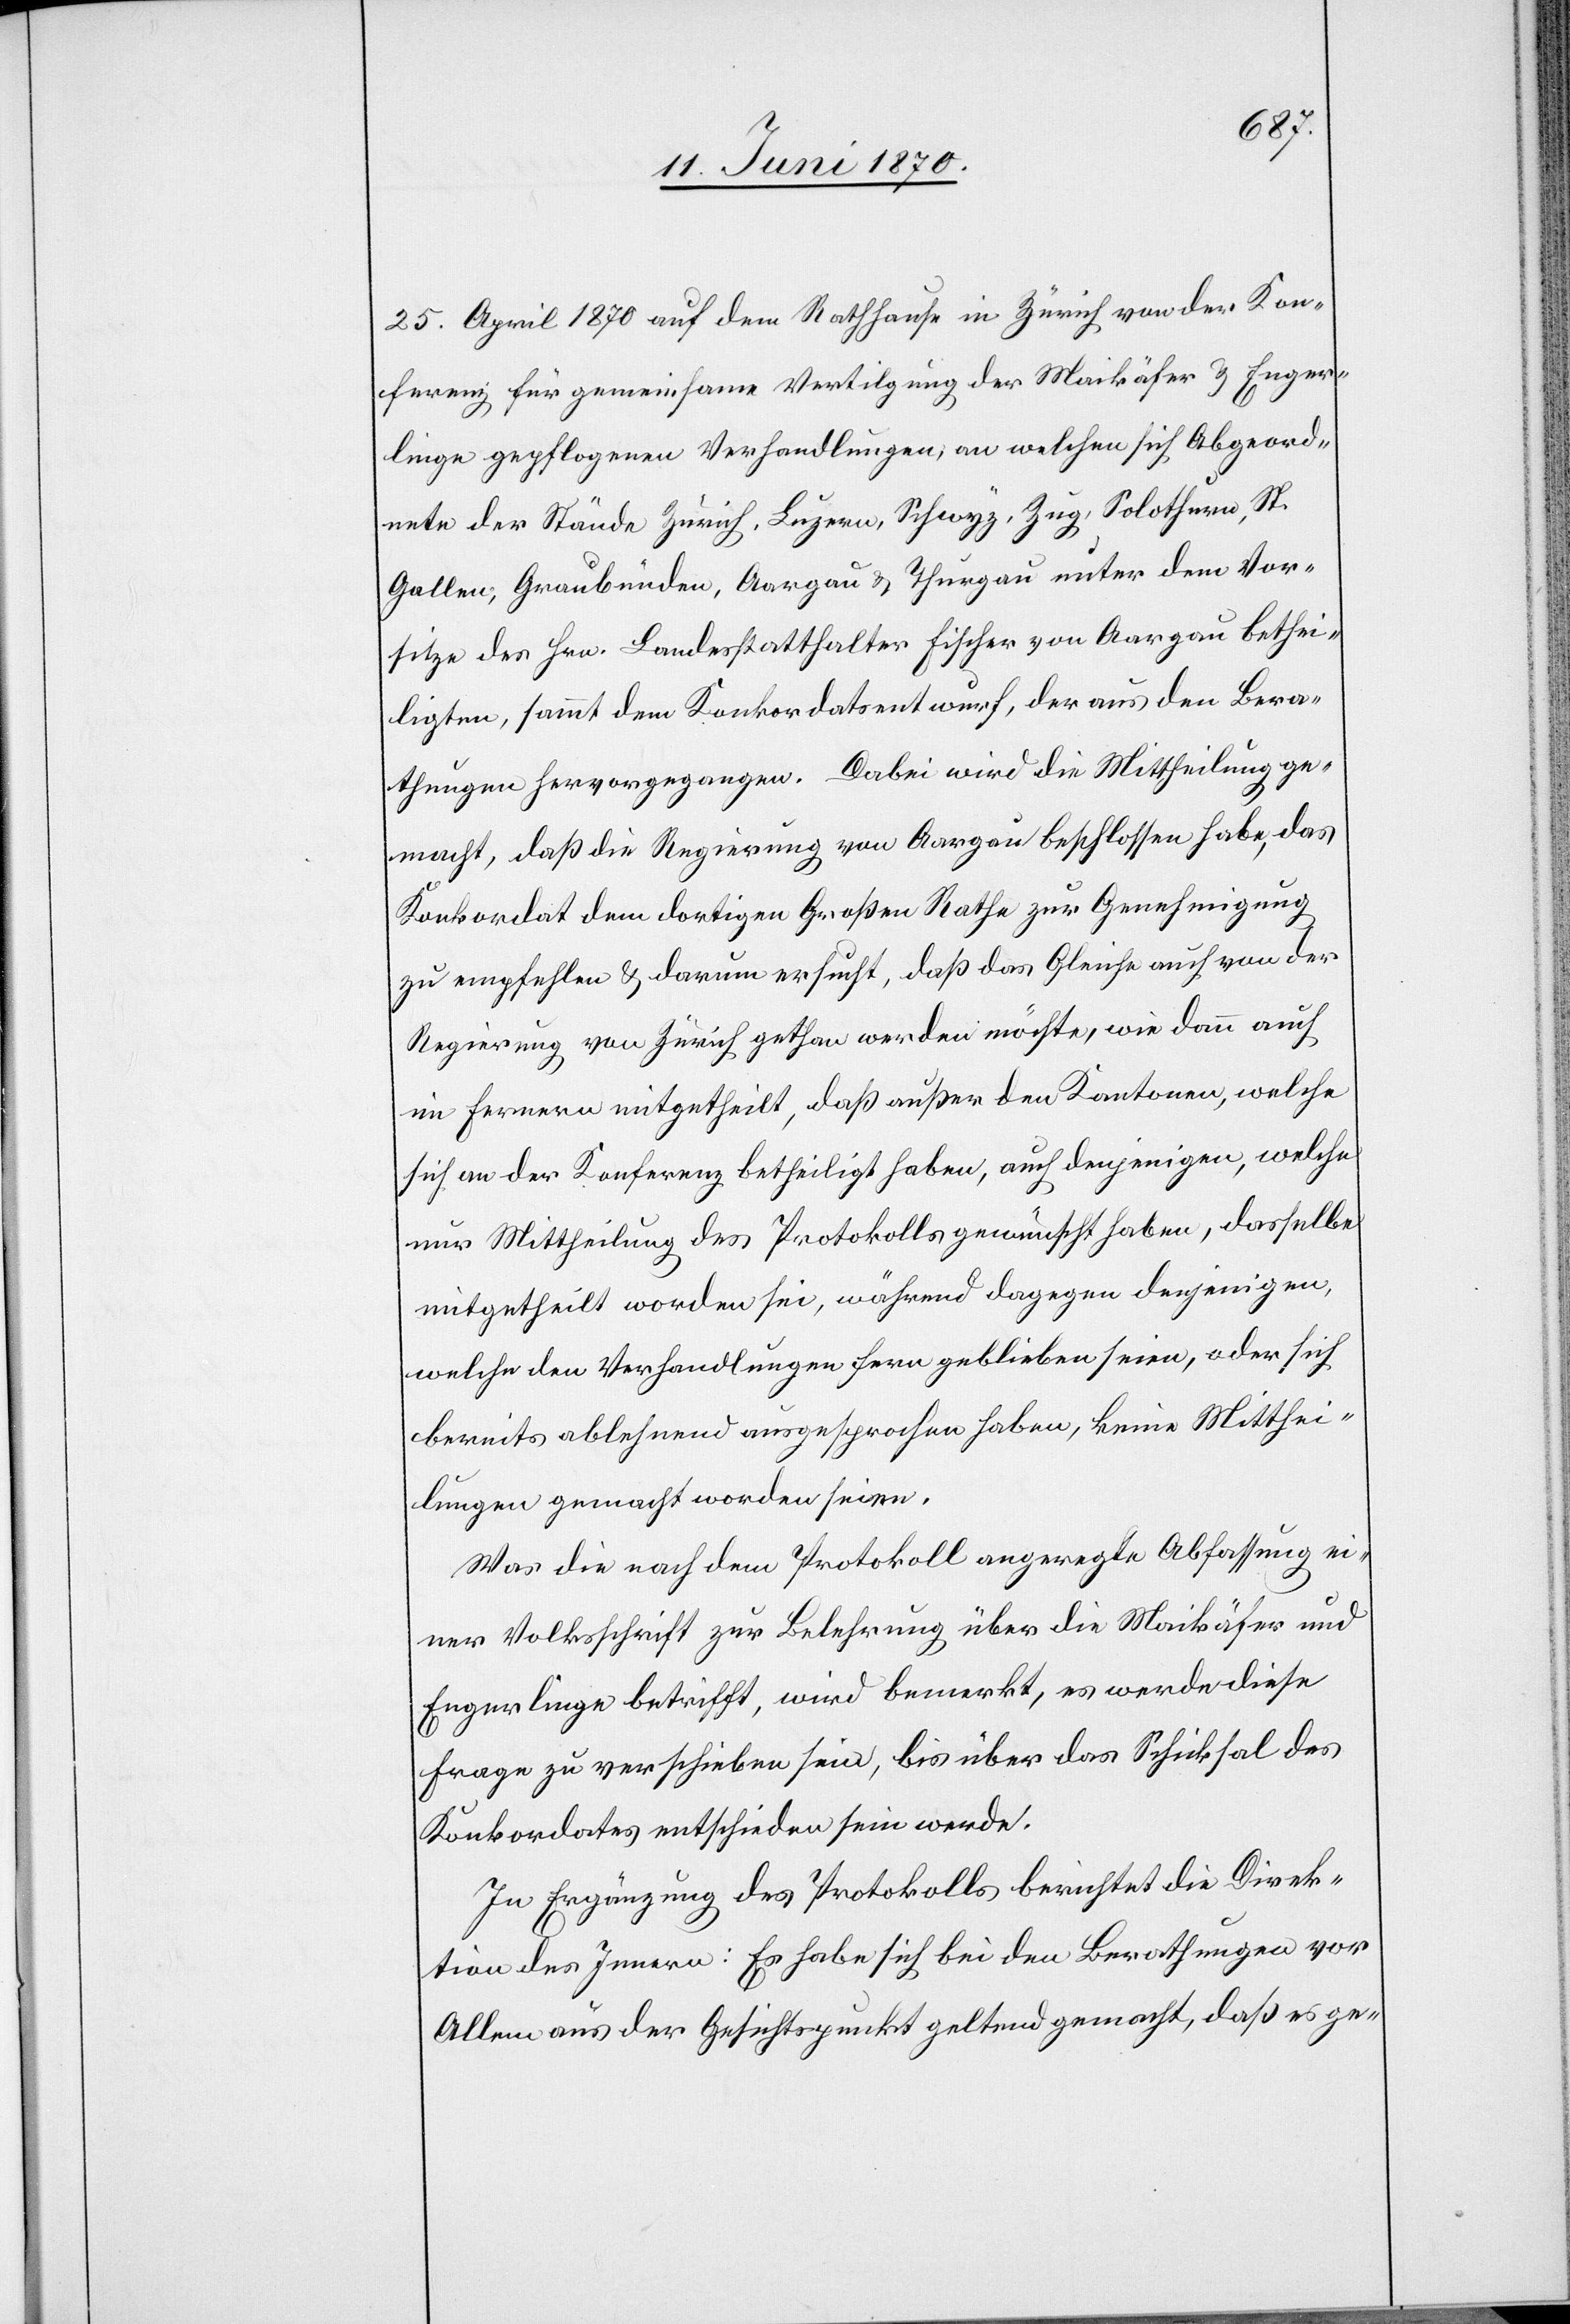
25. April 1870 auf dem Rathhause in Zürich von der Kon¬
ferenz für gemeinsame Vertilgung der Maikäfer & Enger¬
linge gepflogenen Verhandlungen; an welchen sich Abgeord¬
nete der Stände Zürich, Luzern, Schwyz, Zug, Solothurn, St.
Gallen, Graubünden, Aargau & Thurgau unter dem Vor¬
sitze des Hrn. Landesstatthalter Fischer von Aargau bethei¬
ligten, sammt dem Konkordatsentwurf, der aus den Bera¬
thungen hervorgegangen. Dabei wird die Mittheilung ge¬
macht, daß die Regierung von Aargau beschlossen habe, das
Konkordat dem dortigen Großen Rathe zur Genehmigung
zu empfehlen & darum ersucht, daß das Gleiche auch von der
Regierung von Zürich gethan werden möchte, wie dann auch
im Fernern mitgetheilt, daß außer den Kantonen, welche
nur Mittheilung des Protokolls gewünscht haben, dasselbe
mitgetheilt worden sei, während dagegen denjenigen,
welche den Verhandlungen fern geblieben seien, oder sich
bereits ablehnend ausgesprochen haben, keine Mitthei¬
lungen gemacht worden seien.
Was die nach dem Protokoll angeregte Abfassung ei¬
ner Volkschrift zur Belehrung über die Maikäfer und
Engerlinge betrifft, wird bemerkt, es werde diese
Frage zu verschieben sein, bis über das Schicksal des
Konkordates entschieden sein werde.
In Ergänzung des Protokolls berichtet die Direk¬
tion des Innern: Es habe sich bei den Berathungen vor
Allem aus der Gesichtspunkt geltend gemacht, daß es ge-